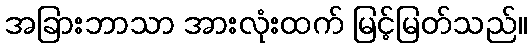
အခြားဘာသာ အားလုံးထက် မြင့်မြတ်သည်။